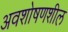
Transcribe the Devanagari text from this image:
अवशोषणशील